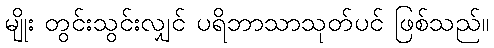
မျိုး တွင်းသွင်းလျှင် ပရိဘာသာသုတ်ပင် ဖြစ်သည်။